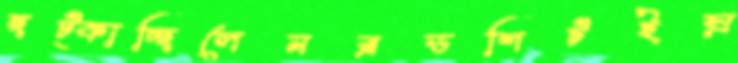
ছট্‌কাচ্ছিলেনব্রডশিটইস্র